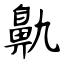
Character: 鼽